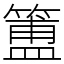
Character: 簠